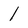
Character: l